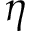
\eta